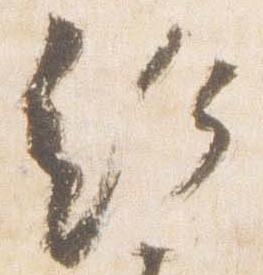
給